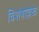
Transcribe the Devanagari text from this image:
विशेषोल्लेख